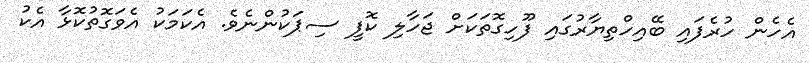
އެހެން ހުރެފައި ބޭއިހްތިޔާރުގައި ފޫހިގޮތަކަށް ޖަހާލި ކޮފީ ސިޕަކުންނެވެ. އެކަމަކު އެވަގޮތުކޮޅާ އެކު